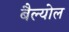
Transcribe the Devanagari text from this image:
बैल्योल